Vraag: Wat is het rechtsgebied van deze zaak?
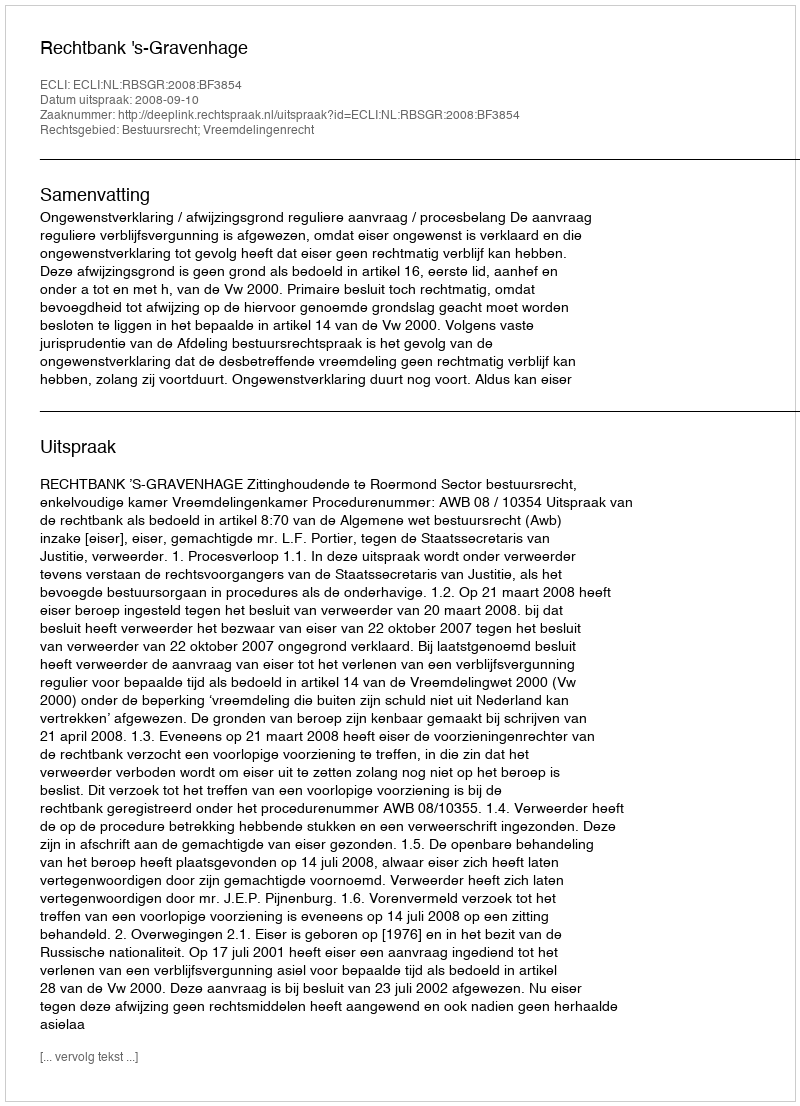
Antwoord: Bestuursrecht; Vreemdelingenrecht